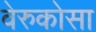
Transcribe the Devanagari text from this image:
वेरुकोसा